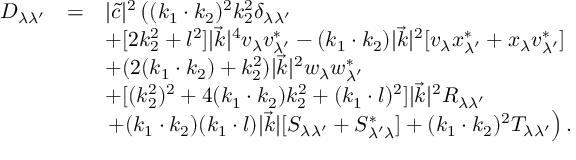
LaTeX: \begin{array} { l c l } { { { \cal D } _ { \lambda \lambda ^ { \prime } } } } & { { = } } & { { | \tilde { c } | ^ { 2 } \left( ( k _ { 1 } \cdot k _ { 2 } ) ^ { 2 } k _ { 2 } ^ { 2 } \delta _ { \lambda \lambda ^ { \prime } } \right. } } \\ { { } } & { { } } & { { + [ 2 k _ { 2 } ^ { 2 } + l ^ { 2 } ] | \vec { k } | ^ { 4 } v _ { \lambda } v _ { \lambda ^ { \prime } } ^ { * } - ( k _ { 1 } \cdot k _ { 2 } ) | \vec { k } | ^ { 2 } [ v _ { \lambda } x _ { \lambda ^ { \prime } } ^ { * } + x _ { \lambda } v _ { \lambda ^ { \prime } } ^ { * } ] } } \\ { { } } & { { } } & { { + ( 2 ( k _ { 1 } \cdot k _ { 2 } ) + k _ { 2 } ^ { 2 } ) | \vec { k } | ^ { 2 } w _ { \lambda } w _ { \lambda ^ { \prime } } ^ { * } } } \\ { { } } & { { } } & { { + [ ( k _ { 2 } ^ { 2 } ) ^ { 2 } + 4 ( k _ { 1 } \cdot k _ { 2 } ) k _ { 2 } ^ { 2 } + ( k _ { 1 } \cdot l ) ^ { 2 } ] | \vec { k } | ^ { 2 } R _ { \lambda \lambda ^ { \prime } } } } \\ { { } } & { { } } & { { \left. + ( k _ { 1 } \cdot k _ { 2 } ) ( k _ { 1 } \cdot l ) | \vec { k } | [ S _ { \lambda \lambda ^ { \prime } } + S _ { \lambda ^ { \prime } \lambda } ^ { * } ] + ( k _ { 1 } \cdot k _ { 2 } ) ^ { 2 } T _ { \lambda \lambda ^ { \prime } } \right) . } } \end{array}